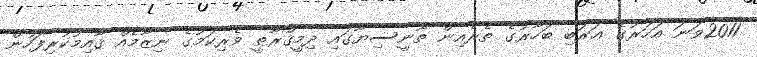
2011ވަނަ އަހަރުގެ ޢަރަބި ބަހާރުގެ ތެރެއިން ތޫނީސިޔާގައި ދިމީޤްރާޠީ ވެރިކަމުގެ ނިޒާމެއް ޤާއިމުކުރިފަހުން